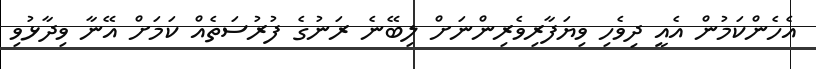
އެހެންކަމުން އެއީ ދިވެހި ވިޔަފާރިވެރިންނަށް ލިބޭނެ ރަނުގެ ފުރުސަތެއް ކަމަށް އޭނާ ވިދާޅުވި